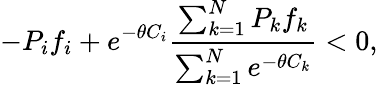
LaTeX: -P_{i}f_{i}+e^{-\theta C_{i}}\frac{\sum_{k=1}^{N}P_{k}f_{k}}{\sum_{k=1}^{N}e^{-\theta C_{k}}}<0,